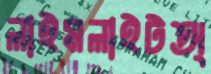
লাইমলাইটঅ্